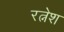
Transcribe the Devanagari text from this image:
रत्नेश